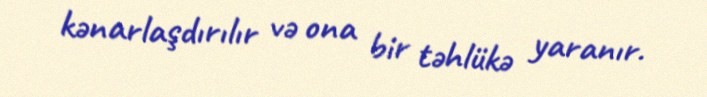
kənarlaşdırılır və ona bir təhlükə yaranır.